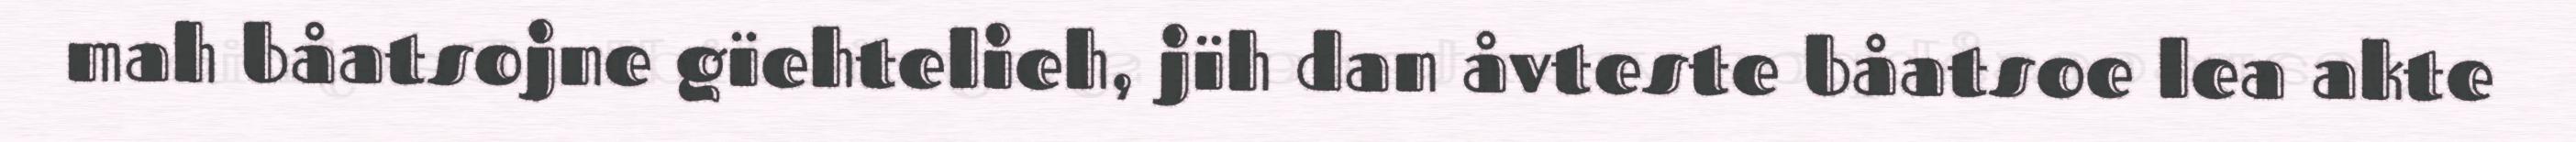
mah båatsojne gïehtelieh, jïh dan åvteste båatsoe lea akte